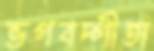
ভগবদ্গীতা